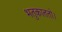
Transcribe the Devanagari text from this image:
भतुकाततो।